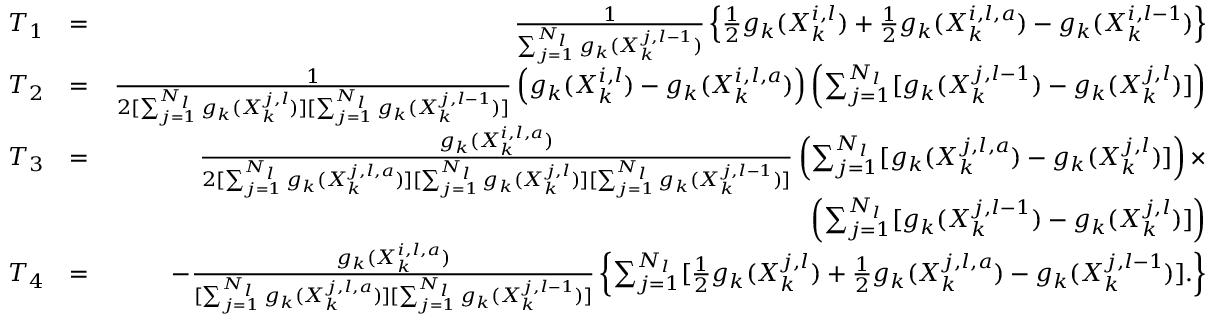
\begin{array} { r l r } { T _ { 1 } } & { = } & { \frac { 1 } { \sum _ { j = 1 } ^ { N _ { l } } g _ { k } ( X _ { k } ^ { j , l - 1 } ) } \left\{ \frac { 1 } { 2 } g _ { k } ( X _ { k } ^ { i , l } ) + \frac { 1 } { 2 } g _ { k } ( X _ { k } ^ { i , l , a } ) - g _ { k } ( X _ { k } ^ { i , l - 1 } ) \right\} } \\ { T _ { 2 } } & { = } & { \frac { 1 } { 2 [ \sum _ { j = 1 } ^ { N _ { l } } g _ { k } ( X _ { k } ^ { j , l } ) ] [ \sum _ { j = 1 } ^ { N _ { l } } g _ { k } ( X _ { k } ^ { j , l - 1 } ) ] } \left( g _ { k } ( X _ { k } ^ { i , l } ) - g _ { k } ( X _ { k } ^ { i , l , a } ) \right) \left( \sum _ { j = 1 } ^ { N _ { l } } [ g _ { k } ( X _ { k } ^ { j , l - 1 } ) - g _ { k } ( X _ { k } ^ { j , l } ) ] \right) } \\ { T _ { 3 } } & { = } & { \frac { g _ { k } ( X _ { k } ^ { i , l , a } ) } { 2 [ \sum _ { j = 1 } ^ { N _ { l } } g _ { k } ( X _ { k } ^ { j , l , a } ) ] [ \sum _ { j = 1 } ^ { N _ { l } } g _ { k } ( X _ { k } ^ { j , l } ) ] [ \sum _ { j = 1 } ^ { N _ { l } } g _ { k } ( X _ { k } ^ { j , l - 1 } ) ] } \left( \sum _ { j = 1 } ^ { N _ { l } } [ g _ { k } ( X _ { k } ^ { j , l , a } ) - g _ { k } ( X _ { k } ^ { j , l } ) ] \right) \times } \\ & { } & { \left( \sum _ { j = 1 } ^ { N _ { l } } [ g _ { k } ( X _ { k } ^ { j , l - 1 } ) - g _ { k } ( X _ { k } ^ { j , l } ) ] \right) } \\ { T _ { 4 } } & { = } & { - \frac { g _ { k } ( X _ { k } ^ { i , l , a } ) } { [ \sum _ { j = 1 } ^ { N _ { l } } g _ { k } ( X _ { k } ^ { j , l , a } ) ] [ \sum _ { j = 1 } ^ { N _ { l } } g _ { k } ( X _ { k } ^ { j , l - 1 } ) ] } \left\{ \sum _ { j = 1 } ^ { N _ { l } } [ \frac { 1 } { 2 } g _ { k } ( X _ { k } ^ { j , l } ) + \frac { 1 } { 2 } g _ { k } ( X _ { k } ^ { j , l , a } ) - g _ { k } ( X _ { k } ^ { j , l - 1 } ) ] . \right\} } \end{array}